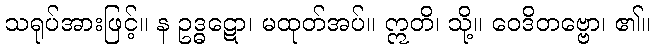
သရုပ်အားဖြင့်။ န ဥဒ္ဓဋော၊ မထုတ်အပ်။ ဣတိ၊ သို့။ ဝေဒိတဗ္ဗော၊ ၏။